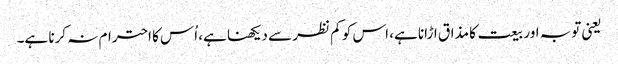
یعنی توبہ اور بیعت کا مذاق اڑانا ہے، اس کو کم نظر سے دیکھنا ہے، اُس کا احترام نہ کرنا ہے۔